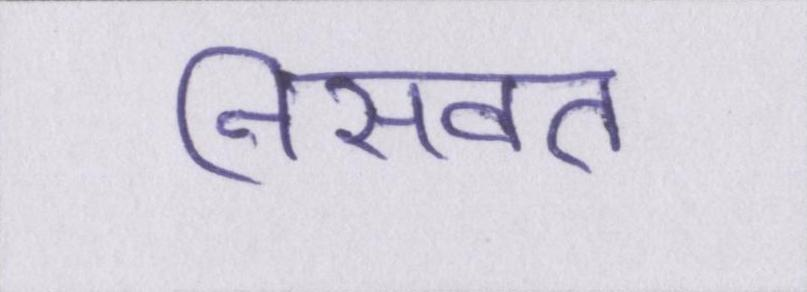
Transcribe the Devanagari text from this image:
निसवत